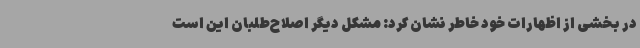
در بخشی از اظهارات خود خاطر نشان کرد: مشکل دیگر اصلاح‌طلبان این است